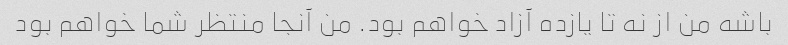
باشه من از نه تا یازده آزاد خواهم بود. من آنجا منتظر شما خواهم بود